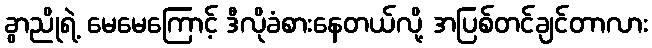
ခွာညိုရဲ့ မေမေကြောင့် ဒီလိုခံစားနေတယ်လို့ အပြစ်တင်ချင်တာလား